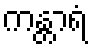
ကန္တာရံ